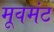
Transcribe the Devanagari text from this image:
मूवमंट